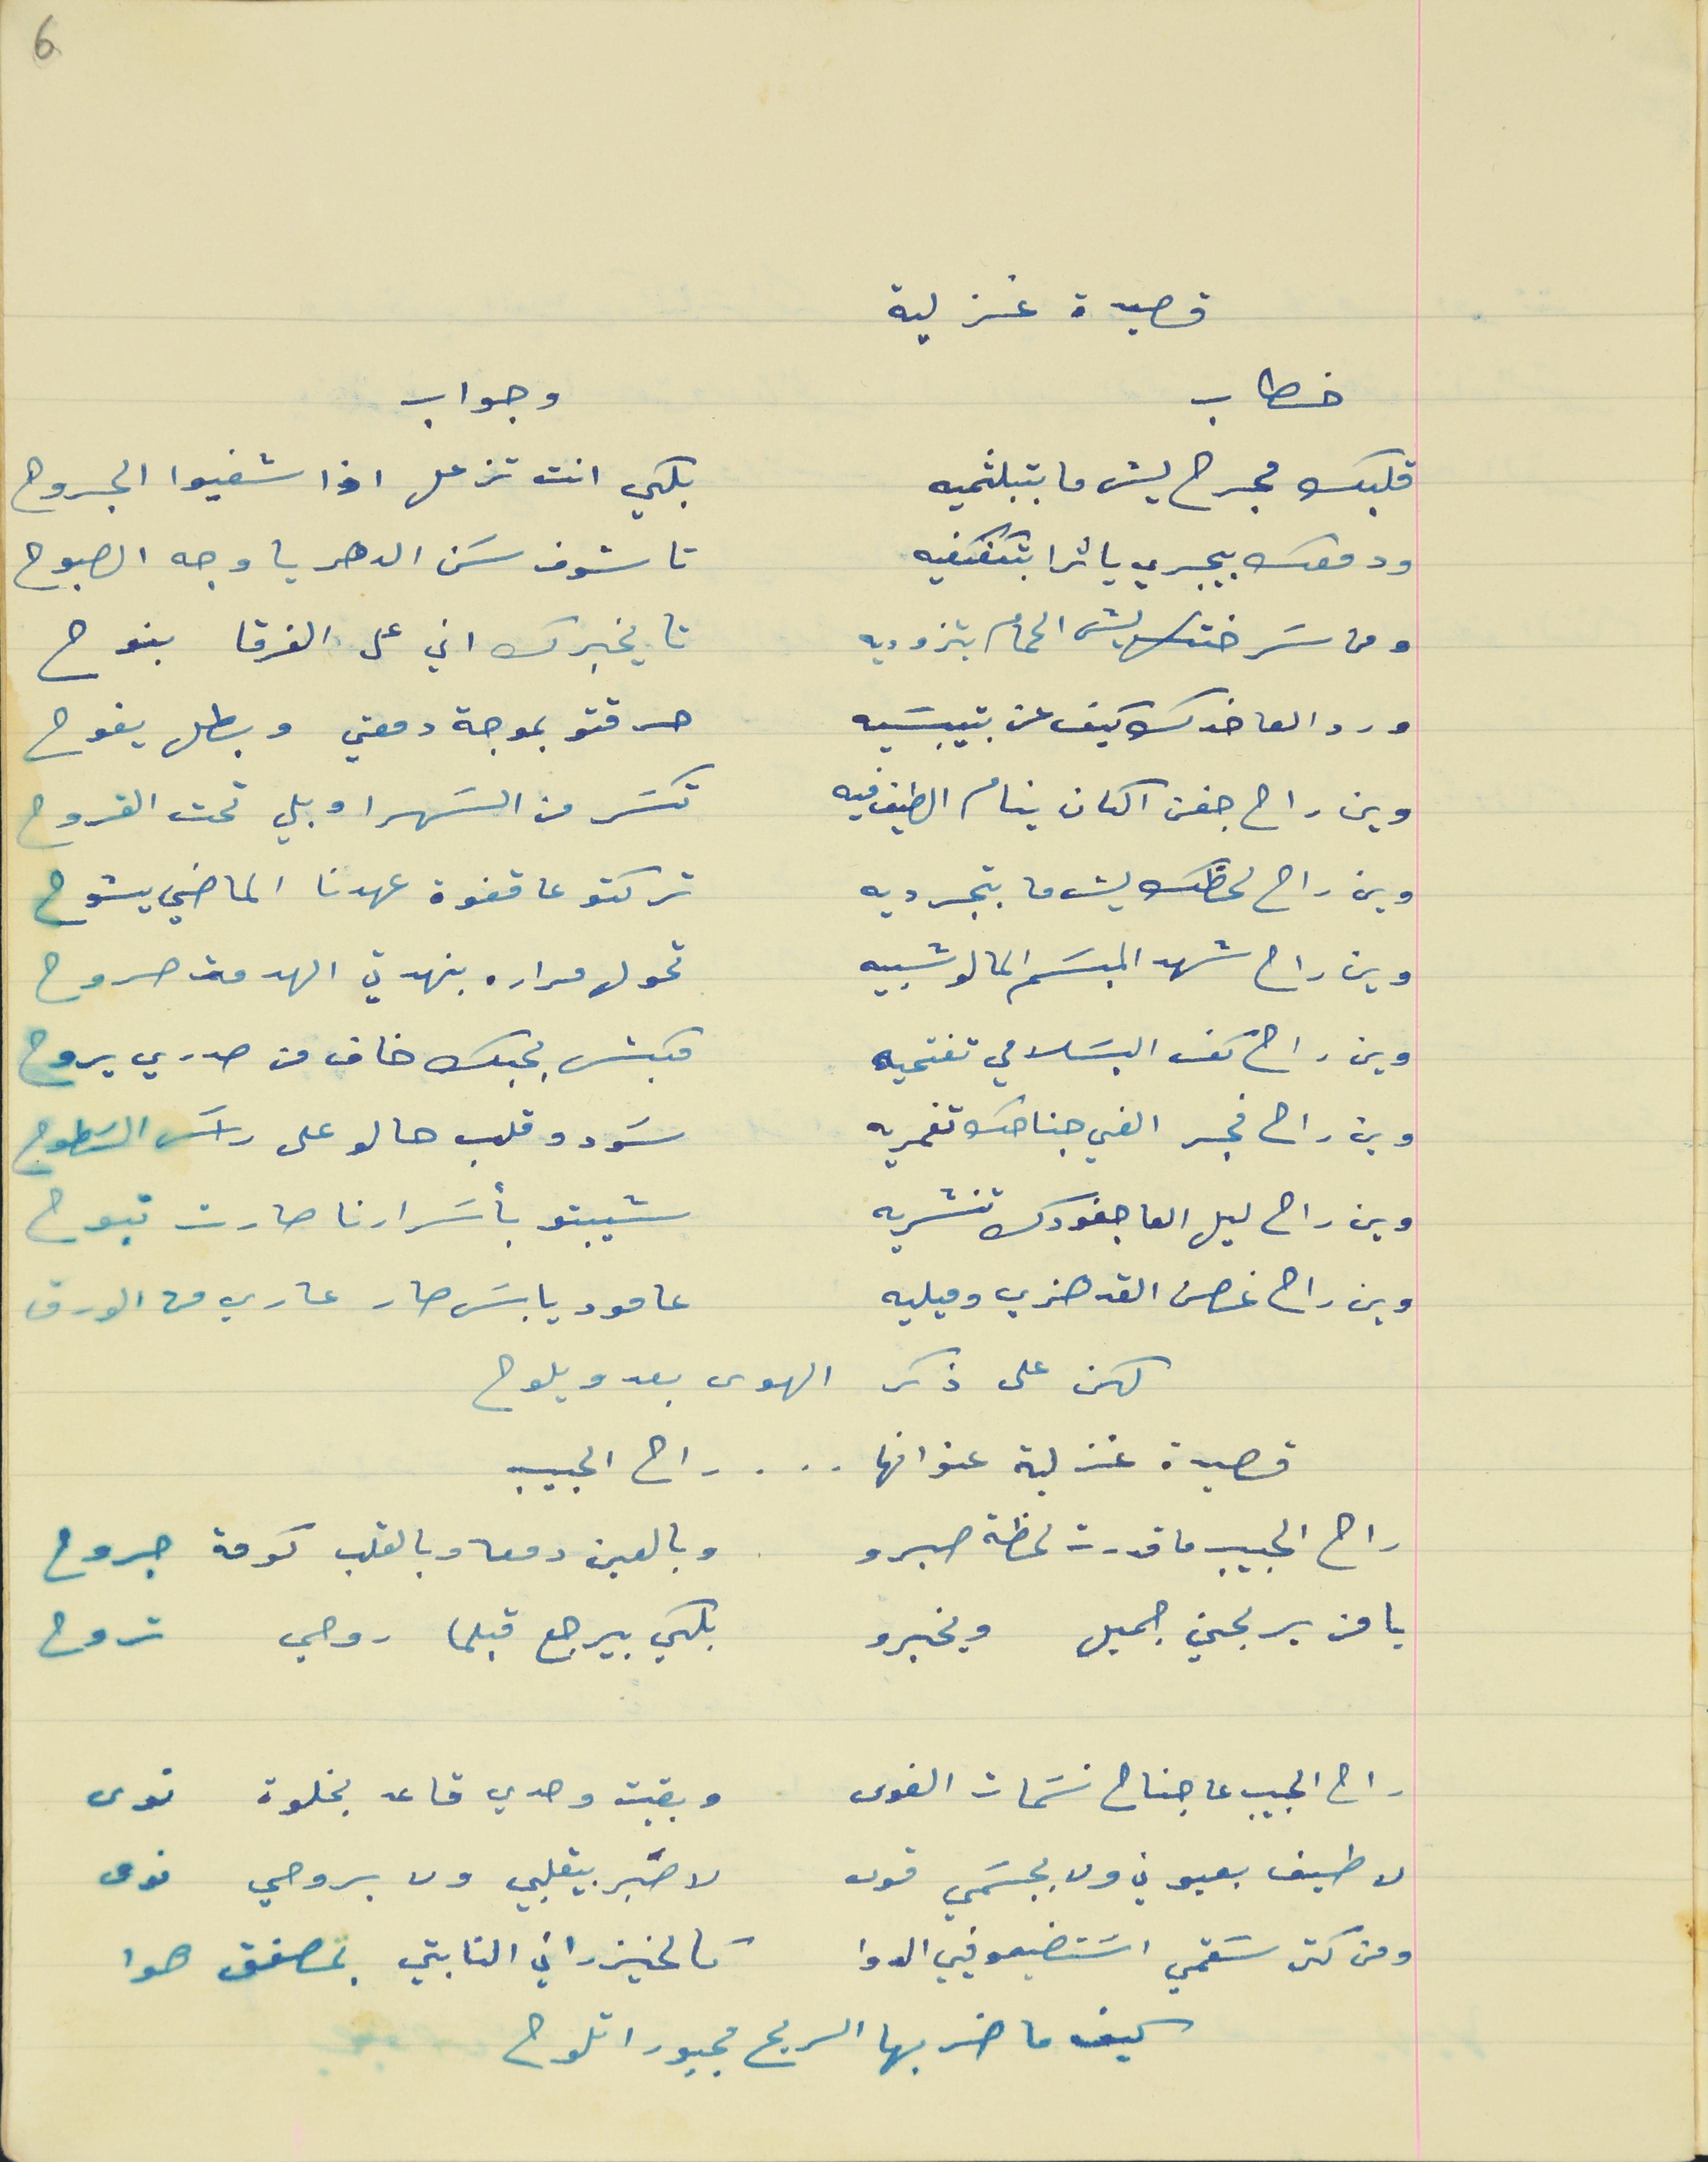
قصيدة غزلية
خطاب                                                                          وجواب
قلبك مجرح ليش ما بتبلثميه                                بلكي انت تزعل اذا شفيوا الجروح
ودمعك بيجري يا ترا بتكفكفيه                              تاشوف سَن الدهر يا وجه الصبوح
ومن سَرختكت ليش الحمام بتزوديه                       تا يخبرك اني على الفرقا بنوح
ورد العا خدك كيف عن بتيبسَيه                             حرقتو بموجة دمعتي وبطل يفوح
 وين راح جفن الكان ينام الطيف فيه                      تكسَر من السَهر او بلي تحت القروح
وين راح لحظك ليش ما بتجرديه                           تركتو عا قفوة عهدنا الماضي يشوح
وين راح شهد المبسَم الما لو شبيه                           تحول مراره بنهدتي الهدمت صروح
وين راح كف البسَلامي تفتحيه                              مكبش بحبك خاف من صدري يروح
وين راح فجر الفي جناحك تغمريه                           سوَد وقلب حالو على راسَ السَطوح
وين راح ليل العا جفونك تنشريه                           شيبتو بأسَرارنا صارت تبوح
وين راح غصن القد هزي وميليه                            عامود يابسَ صار عاري من الورق
لكن على ذكر الهوى بعد ويلوح
قصيدة غز لية عنوانها . . . راح الحبيب
راح الحبيب ما قدرت لحظة صبرو                           وبالعين دمعه وبالقلب كومة جروح
يا من يربحن جميل ويخبرو                               بلكي بيرجع قبلما روحي تروح
راح الحبيب عا جناح نسَمات الغوى                       وبقيت وحدي قاعد بخلوة نوى
لا طيف بعيوني ولا بجسَمي قوى                           لا صَبر بيقلبي ولا بروحي نوى
ومن كتر سَقمي اسَتضيعو فيي الدوا                           تالخيزراني النابتي بمصفق هوا
كيف ما ضربها الريح مجبورا تلوح